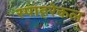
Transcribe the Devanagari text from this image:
स्पाहरेकल